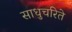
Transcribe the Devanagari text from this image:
साधुचरिते